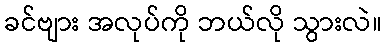
ခင်ဗျား အလုပ်ကို ဘယ်လို သွားလဲ။